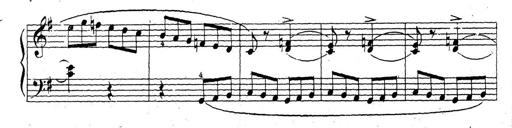
Title: 10 Sonatinas
Composer: Fritz Spindler